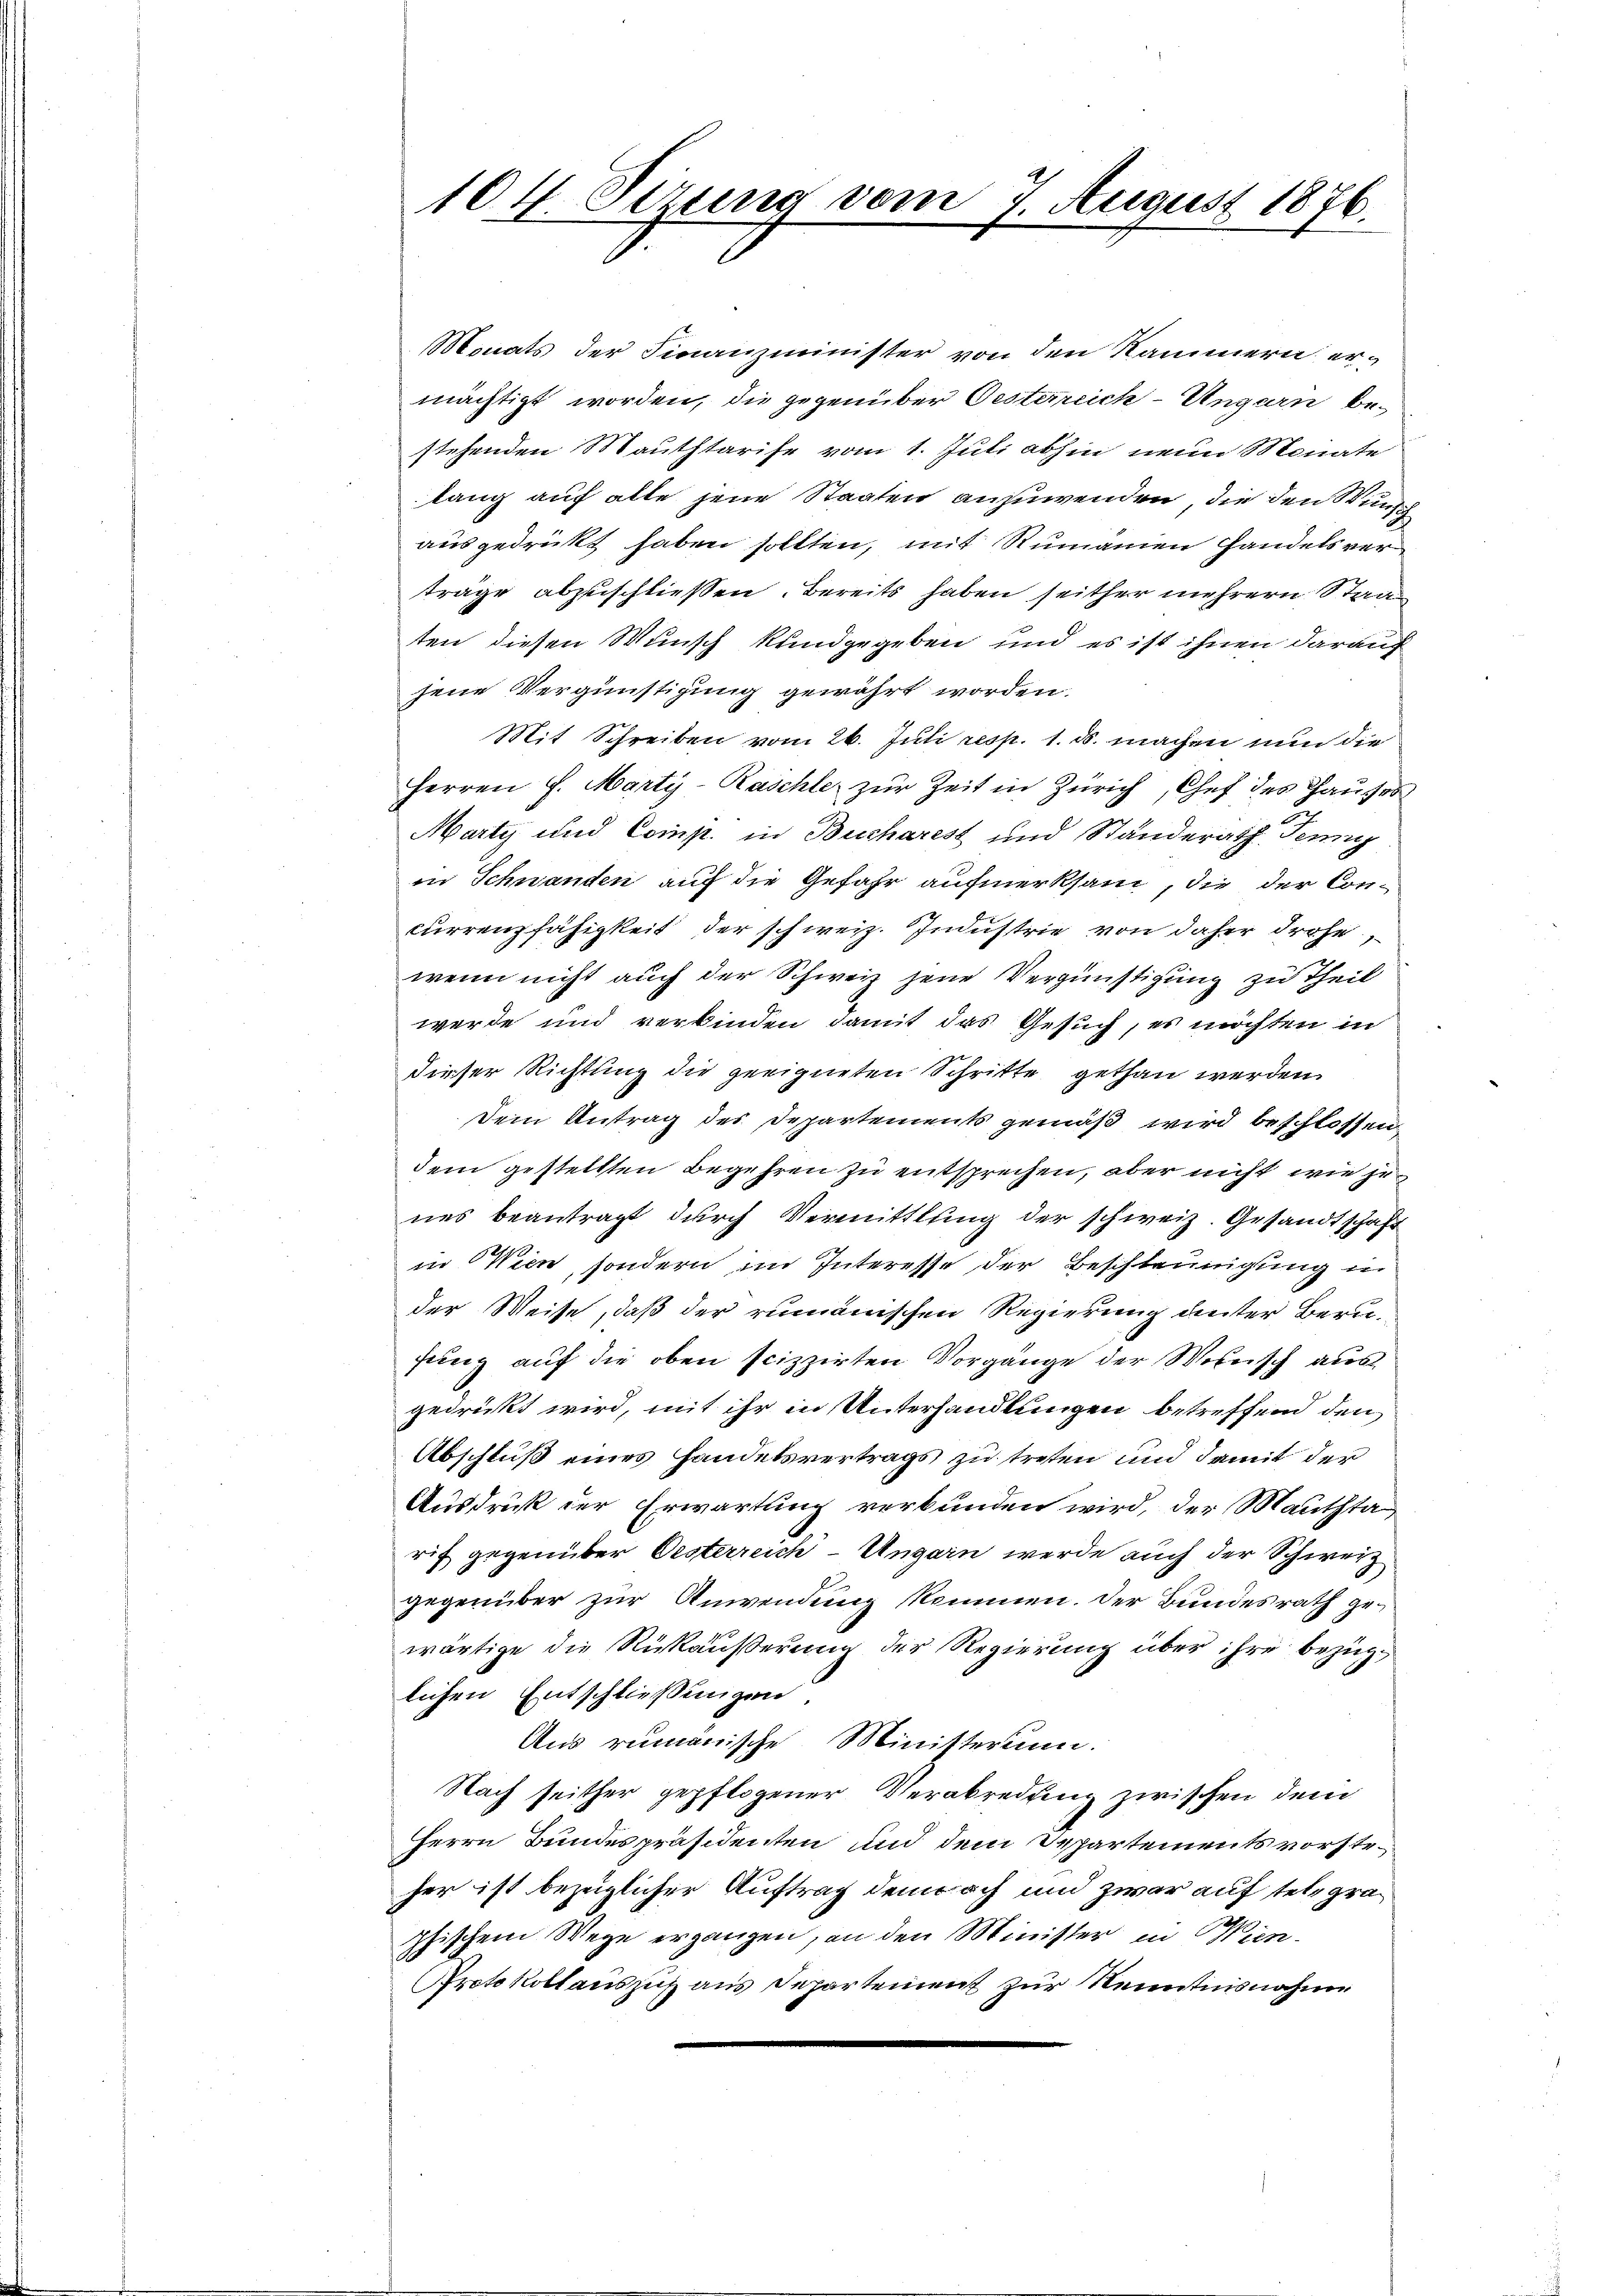
104. Sizung vom 7. August 1876.

Monats der Finanzminister von den Kammern ermächtigt worden, die gegenüber Oesterreich Ungarn bestehenden Mauthtarife vom 1. Juli abhin neun Monate
lang auf alle jene Staaten anzuwenden, die den Wunden
ausgedrückt haben sollten, mit Rumänien Handels ver
träge abzuschliessen. Bereits haben seither mehrern Stand
ten diesen Wunsch kundgegeben und es ist ihnen darauf
jene Vergünstigung gewährt worden.
Mit Schreiben vom 26. Juli resp. 1. ds. machen nun die
Herren H. Marty-Raschle zur Zeit in Zürich, Chef des Hauses
Marty und Comp. in Bucharest und Ständerath Jenny
in Schnanden auf die Gefahr aufmerksam, die der Concurrenzfähigkeit der schweiz. Industrie von daher drohe,
wenn nicht auch der Schweiz jene Vergünstigung zu Theil
werde und verbinden damit das Gesuch, es möchten in
Dieser Richtung die geeigneten Schritte gethan werden
Dein Antrag des Departements gemäß wird beschlossen,
dem gestellten Begehren zu entsprechen, aber nicht wie jenes beantragt durch Vermittlung der schweiz. Gesandtschaft
in Wien, sondern im Interesse der Beschleunigung in
der Weise, daß der rumänischen Regierung denter Berufung auf die oben scizzierten Vorgänge der Wolnisch aus
gedrückt wird, mit ihr in Unterhandlungen betreffend den
Abschluß eines Handelsvertrags zu treten und damit der
Ausdruck der Erwartung verbunden wird, der Mauthta
rif gegenüber Oesterreich-Ungarn werde auch der Schwerz
gegenüber zur Anwendung kommen. Der Bundesrath gewärtige die Rückäußerung der Regierung über ihre bezüglichen Entschließungen,
Aus rumänische Ministerium.
Nach seither gepflogener Verabredung zwischen dem
Herrn Bundespräsidenten und dem Departements vorsteher ist bezüglicher Auftrag demnach und zwar auf telegraphischem Wege ergangen, an den Minister in Wien.
Protokollauszug aus Departement zur Kenntnisnahme